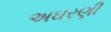
અઘરણી